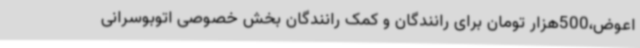
اعوض،500هزار تومان برای رانندگان و کمک رانندگان بخش خصوصی اتوبوسرانی